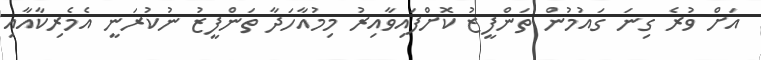
އަށް ވުރެ ގިނަ ގައުމުން ތަންފީޒު ކޮށްފައިވާއިރު މިމުއާހަދާ ތަންފީޒު ނުކުރަނީ އެމެރިކާއާއި